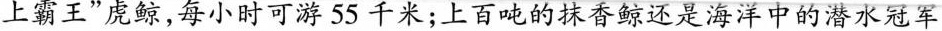
上霸王”虎鲸，每小时可游55千米；上百吨的抹香鲸还是海洋中的潜水冠军